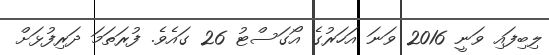
ލިބިފައި ވަނީ 2016 ވަނަ އަހަރުގެ އޯގަސްޓު 26 ގައެވެ. ފުރަތަމަ ދަރިފުޅަށް